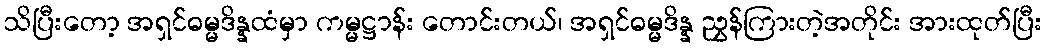
သိပြီးတော့ အရှင်ဓမ္မဒိန္နထံမှာ ကမ္မဋ္ဌာန်း တောင်းတယ်၊ အရှင်ဓမ္မဒိန္န ညွှန်ကြားတဲ့အတိုင်း အားထုတ်ပြီး